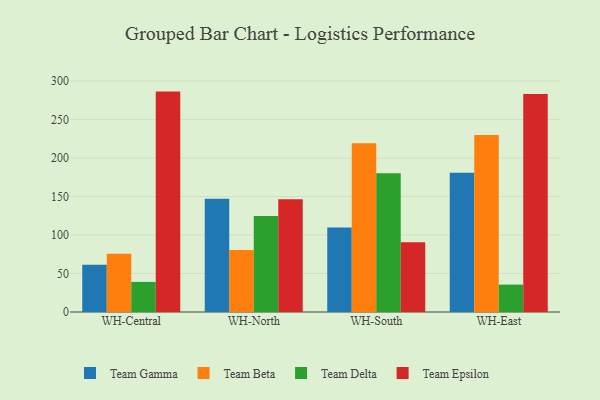
{"axis": {"x": "Warehouse", "y": "Shipments"}, "legend": ["Team Beta", "Team Delta", "Team Epsilon", "Team Gamma"], "data": [{"x": "WH-Central", "y": 61.5, "type": "Team Gamma"}, {"x": "WH-Central", "y": 75.7, "type": "Team Beta"}, {"x": "WH-Central", "y": 39.1, "type": "Team Delta"}, {"x": "WH-Central", "y": 286.3, "type": "Team Epsilon"}, {"x": "WH-North", "y": 147.1, "type": "Team Gamma"}, {"x": "WH-North", "y": 80.5, "type": "Team Beta"}, {"x": "WH-North", "y": 124.8, "type": "Team Delta"}, {"x": "WH-North", "y": 146.6, "type": "Team Epsilon"}, {"x": "WH-South", "y": 109.9, "type": "Team Gamma"}, {"x": "WH-South", "y": 219.1, "type": "Team Beta"}, {"x": "WH-South", "y": 180.2, "type": "Team Delta"}, {"x": "WH-South", "y": 90.5, "type": "Team Epsilon"}, {"x": "WH-East", "y": 181.0, "type": "Team Gamma"}, {"x": "WH-East", "y": 229.9, "type": "Team Beta"}, {"x": "WH-East", "y": 35.6, "type": "Team Delta"}, {"x": "WH-East", "y": 283.3, "type": "Team Epsilon"}]}